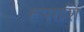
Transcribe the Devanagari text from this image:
रूपराशि